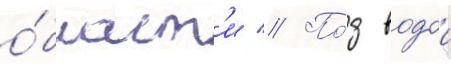
о́бласт'и // По́д водои